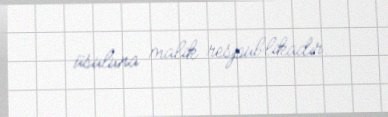
üsuluna malik respublikadır.